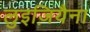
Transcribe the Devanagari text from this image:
लुइज़ियैना